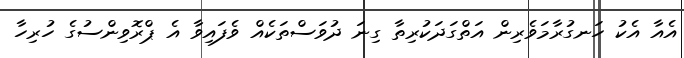
އެއާ އެކު ހަނގުރާމަވެރިން އަތްގަދަކުރިތާ ގިނަ ދުވަސްތަކެއް ވެފައިވާ އެ ޕްރޮވިންސުގެ ހުރިހާ